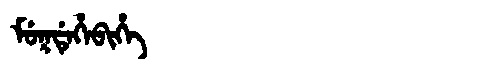
Manchu: ᠮᡠᡴᡩᡝᡥᡝᠪᡳᡥᡝ
Romanization: MUKDEHEBIHE